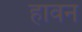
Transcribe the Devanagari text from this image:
हावन